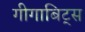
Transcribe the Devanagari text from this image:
गीगाबिट्स